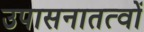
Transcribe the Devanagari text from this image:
उपासनातत्वों